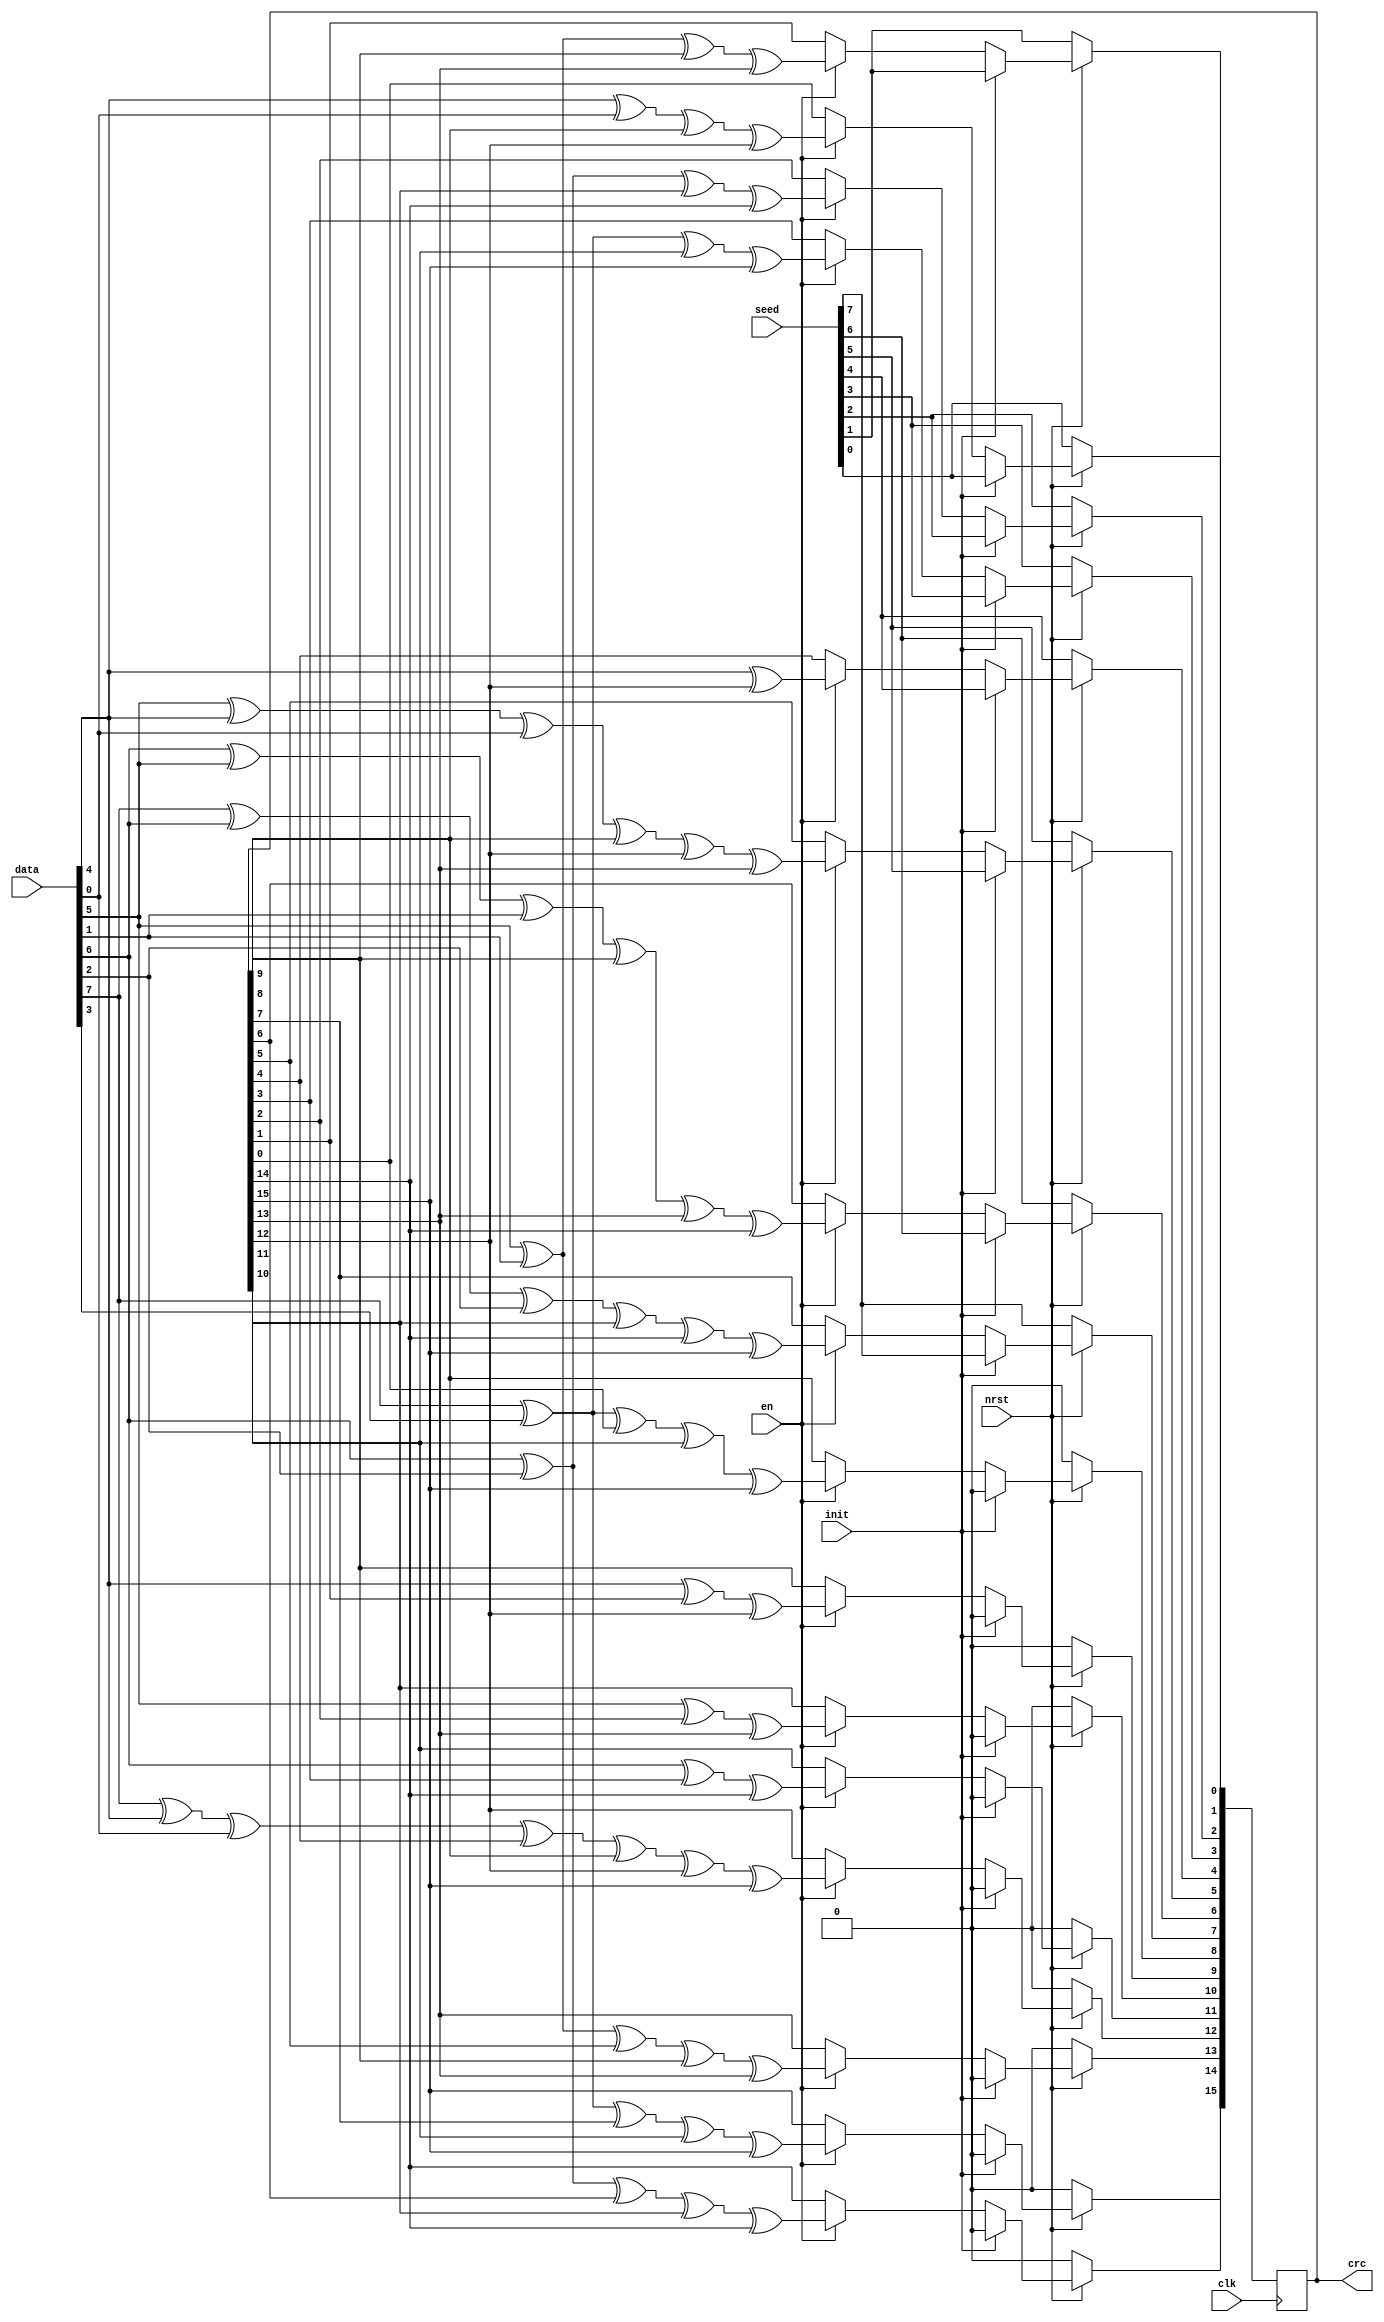
module crc16(
//module crc16 #(parameter seed = 16'h555a)
//(
  input wire [7:0] data,
  input wire clk,
  input wire nrst,
  input wire init,
  input wire en,
  input wire [7:0] seed,
  output reg [15:0] crc
);

always @(posedge clk)
  if(!nrst)
    crc <= {8'd0,seed};
  else
    if (init)
      crc <= {8'd0,seed};
    else 
      if (en) begin
        crc[0] <= data[4] ^ data[0] ^ crc[8] ^ crc[12];
        crc[1] <= data[5] ^ data[1] ^ crc[9] ^ crc[13];
        crc[2] <= data[6] ^ data[2] ^ crc[10] ^ crc[14];
        crc[3] <= data[7] ^ data[3] ^ crc[11] ^ crc[15];
        crc[4] <= data[4] ^ crc[12];
        crc[5] <= data[5] ^ data[4] ^ data[0] ^ crc[8] ^ crc[12] ^ crc[13];
        crc[6] <= data[6] ^ data[5] ^ data[1] ^ crc[9] ^ crc[13] ^ crc[14];
        crc[7] <= data[7] ^ data[6] ^ data[2] ^ crc[10] ^ crc[14] ^ crc[15];
        crc[8] <= data[7] ^ data[3] ^ crc[0] ^ crc[11] ^ crc[15];
        crc[9] <= data[4] ^ crc[1] ^ crc[12];
        crc[10] <= data[5] ^ crc[2] ^ crc[13];
        crc[11] <= data[6] ^ crc[3] ^ crc[14];
        crc[12] <= data[7] ^ data[4] ^ data[0] ^ crc[4] ^ crc[8] ^ crc[12] ^ crc[15];
        crc[13] <= data[5] ^ data[1] ^ crc[5] ^ crc[9] ^ crc[13];
        crc[14] <= data[6] ^ data[2] ^ crc[6] ^ crc[10] ^ crc[14];
        crc[15] <= data[7] ^ data[3] ^ crc[7] ^ crc[11] ^ crc[15];
      end
      else
        crc <= crc;

endmodule